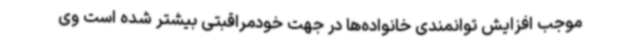
موجب افزایش توانمندی خانواده‌ها در جهت خودمراقبتی بیشتر شده است وی